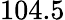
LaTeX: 104.5